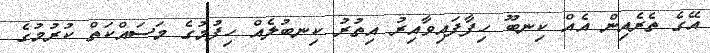
އޭގެ ތެރެއިން އެއް ކިނބޫ ހިފާފައިވާއިރު އިތުރު ކިނބުލެއް ހިފުމުގެ މަސައްކަތް ކުރުމުގެ